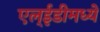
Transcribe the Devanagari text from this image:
एल्‌ईडीमध्ये